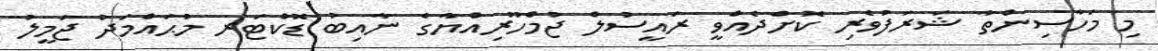
މި މަހާސިންތާ ޝަރަފުވެރި ކޮށްދެއްވީ ރައީސުލް ޖުމްހޫރިއްޔާގެ ނާއިބު ޑޮކްޓަރ މުޙައްމަދު ޖަމީލު